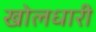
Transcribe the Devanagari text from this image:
खोलधारी